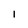
Character: l